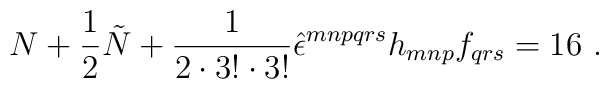
N + \frac{1}{2} \tilde N + \frac{1}{2 \cdot 3! \cdot 3!}\hat\epsilon^{mnpqrs} h_{mnp} f_{qrs} = 16\ .